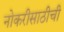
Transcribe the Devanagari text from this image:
नोकरीसाठीची